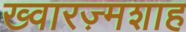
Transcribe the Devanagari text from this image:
ख्वारज़्मशाह